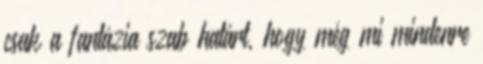
csak a fantázia szab határt, hogy még mi mindenre